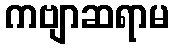
ကဗျာဆရာမ